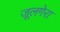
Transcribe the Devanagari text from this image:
जूलगेरा